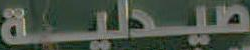
صيدلية